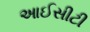
આઈસીટી